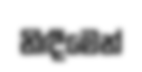
නිඳීමෙන්